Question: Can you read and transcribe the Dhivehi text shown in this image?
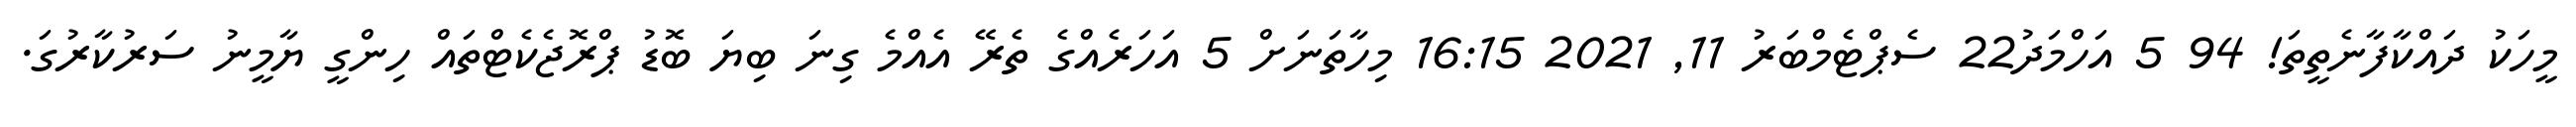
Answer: މީހަކު ދައްކާފާނެތީތަ! 94 5 އަހްމަދު22 ސެޕްޓެމްބަރު 11, 2021 16:15 މިހާތަނަށް 5 އަހަރެއްގެ ތެރޭ އެއްމެ ގިނަ ބިޔަ ބޮޑު ޕްރޮޖެކެޓްތައް ހިންގީ ޔާމީނު ސަރުކާރުގަ.